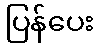
ပြန်ပေး